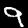
Digit: 9